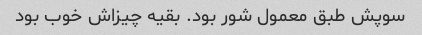
سوپش طبق معمول شور بود. بقیه چیزاش خوب بود